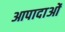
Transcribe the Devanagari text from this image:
आपादाओं